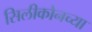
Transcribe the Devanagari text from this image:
सिलीकोनच्या